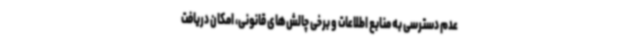
عدم دسترسی به منابع اطلاعات و برخی چالش‌های قانونی، امکان دریافت